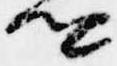
卿